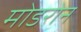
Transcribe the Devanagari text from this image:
मोडरोन